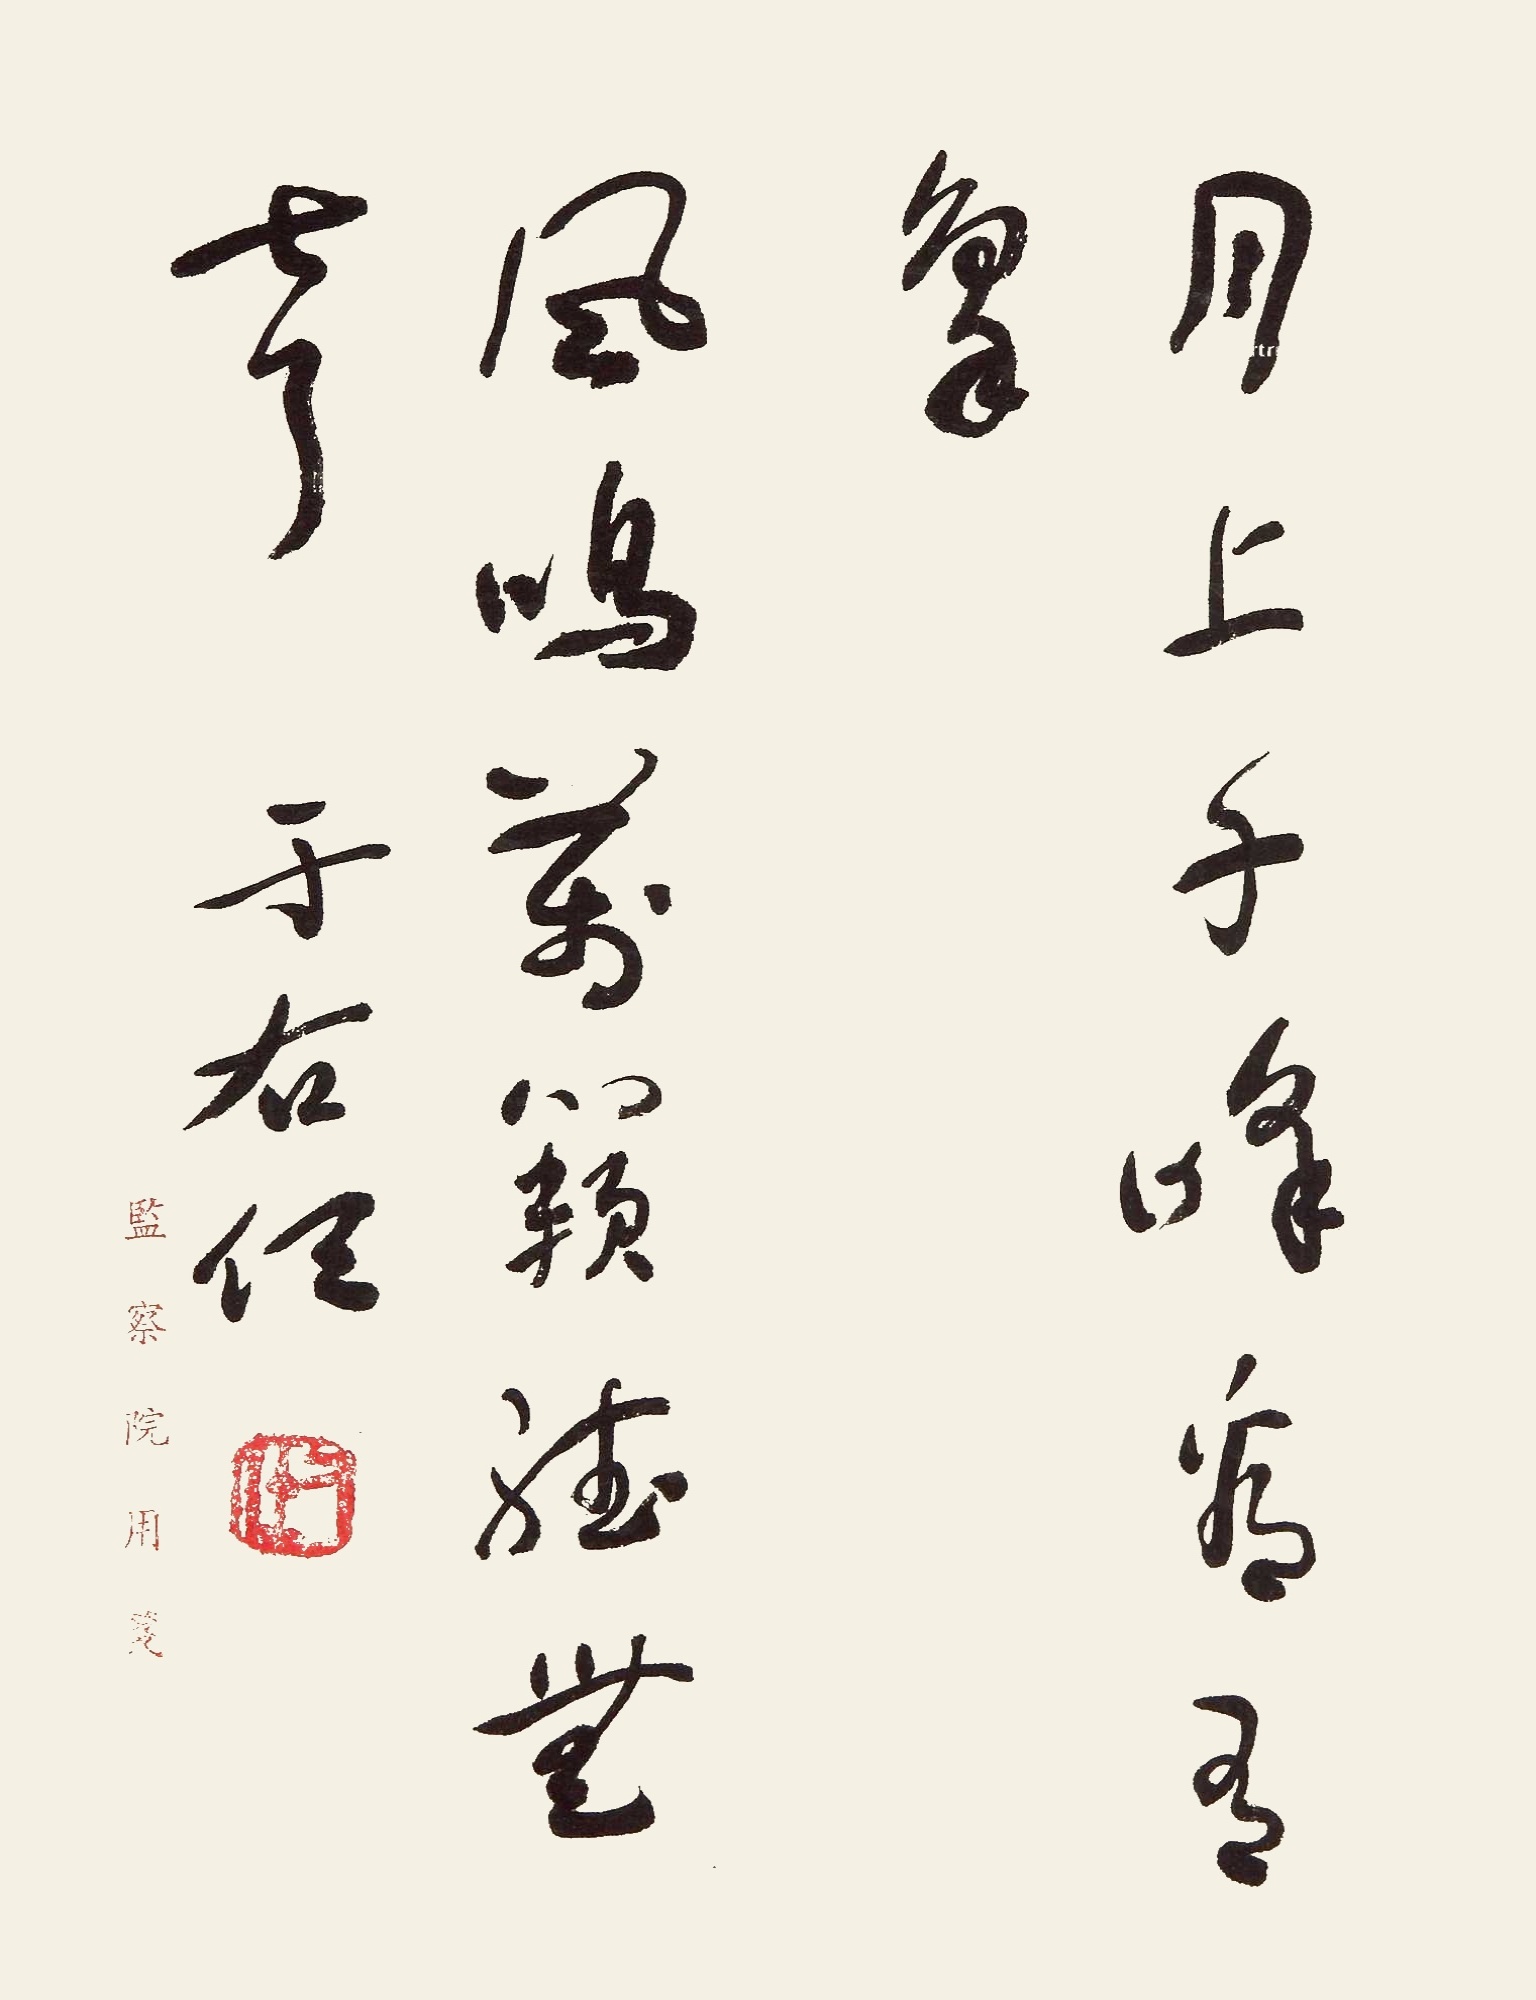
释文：月上千峰看有象，风鸣万籁听无声。于右任。